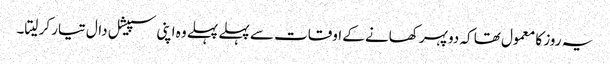
یہ روز کا معمول تھا کہ دوپہر کھانے کے اوقات سے پہلے پہلے وہ اپنی سپیشل دال تیار کر لیتا۔